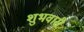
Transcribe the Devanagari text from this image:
शुभवारी